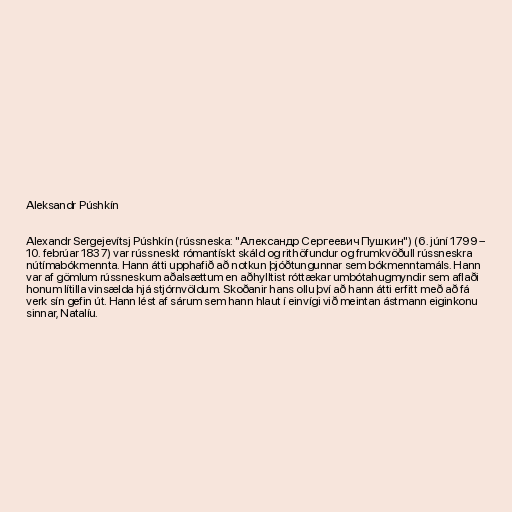
Aleksandr Púshkín

Alexandr Sergejevítsj Púshkín (rússneska: "Александр Сергеевич Пушкин") (6. júní 1799 –
10. febrúar 1837) var rússneskt rómantískt skáld og rithöfundur og frumkvöðull rússneskra
nútímabókmennta. Hann átti upphafið að notkun þjóðtungunnar sem bókmenntamáls. Hann
var af gömlum rússneskum aðalsættum en aðhylltist róttækar umbótahugmyndir sem aflaði
honum lítilla vinsælda hjá stjórnvöldum. Skoðanir hans ollu því að hann átti erfitt með að fá
verk sín gefin út. Hann lést af sárum sem hann hlaut í einvígi við meintan ástmann eiginkonu
sinnar, Natalíu.